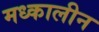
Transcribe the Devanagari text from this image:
मध्कालीन